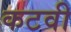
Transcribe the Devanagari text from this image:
कटवी